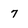
Character: 7